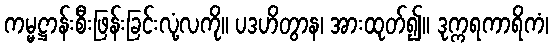
ကမ္မဋ္ဌာန်းစီးဖြန်းခြင်းလုံ့လကို။ ပဒဟိတွာန၊ အားထုတ်၍။ ဒုက္ကရကာရိကံ၊